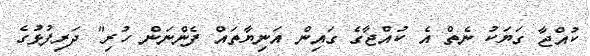
ކުއްޖާ ގަޔަކު ނެތް އެ ކުއްޖާގެ ގައިން އަނިޔާތައް ފެންނަން ހުރި" ދަރިފުޅުގެ